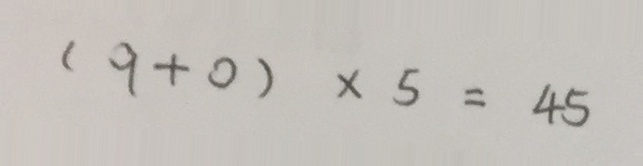
( 9 + 0 ) \times 5 = 4 5